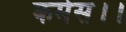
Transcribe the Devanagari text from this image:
कर्मस।।